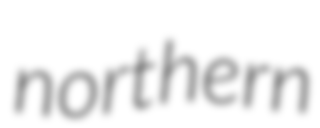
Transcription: northern